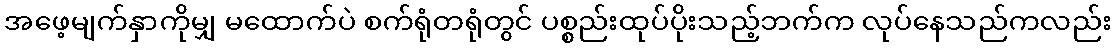
အဖေ့မျက်နှာကိုမျှ မထောက်ပဲ စက်ရုံတရုံတွင် ပစ္စည်းထုပ်ပိုးသည့်ဘက်က လုပ်နေသည်ကလည်း